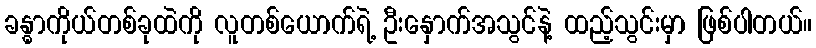
ခန္ဓာကိုယ်တစ်ခုထဲကို လူတစ်ယောက်ရဲ့ ဦးနှောက်အသွင်နဲ့ ထည့်သွင်းမှာ ဖြစ်ပါတယ်။